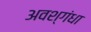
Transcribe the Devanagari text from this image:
अवश्गंधा